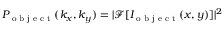
P _ { \textrm { o b j e c t } } ( k _ { x } , k _ { y } ) = \vert \mathcal { F } [ I _ { \textrm { o b j e c t } } ( x , y ) ] \vert ^ { 2 }